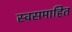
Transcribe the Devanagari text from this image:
स्वसमाहित